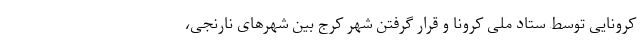
کرونایی توسط ستاد ملی کرونا و قرار گرفتن شهر کرج بین شهرهای نارنجی،